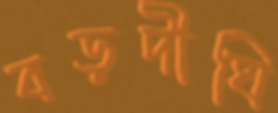
বড়দীঘি